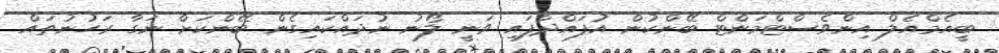
ބީއެމްއެލް އިންވެސްޓްމަންޓް ބޭންކުން އުފައްދާފައި ވަނީ ލޯނު ނުދައްކައިގެން ބޭންކަށް ނަގާ ރަހުނުތައް